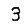
Digit: 3